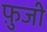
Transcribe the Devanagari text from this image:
फ़ुजी